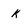
Character: k